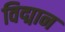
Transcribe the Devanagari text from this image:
विद्मान